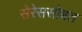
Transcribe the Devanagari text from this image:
सेरेससोबत